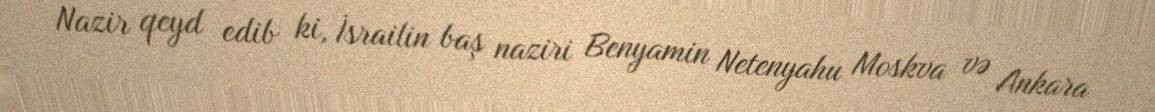
Nazir qeyd edib ki, İsrailin baş naziri Benyamin Netenyahu Moskva və Ankara